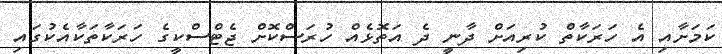
ކަމަށާއި އެ ހަރަކާތް ކުރިއަށް ދާނީ ދެ އަތޮޅެއް ހުރަސްކޮށް ޖެޓްސްކީގެ ހަރަކާތަކާއެކުގައި